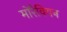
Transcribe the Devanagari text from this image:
मोरैवियन